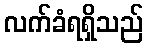
လက်ခံရရှိသည်